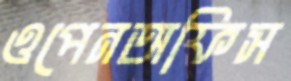
ওপেনঅফিস